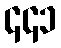
၄၄၁